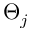
\Theta _ { j }